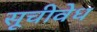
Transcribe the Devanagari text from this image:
सूचीवेध